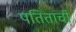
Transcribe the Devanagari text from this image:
पतितांची